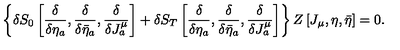
\left\{ \delta S _ { 0 } \left[ { \frac { \delta } { \delta \eta _ { a } } } , { \frac { \delta } { \delta \bar { \eta } _ { a } } } , { \frac { \delta } { \delta J _ { a } ^ { \mu } } } \right] + \delta S _ { T } \left[ { \frac { \delta } { \delta \eta _ { a } } } , { \frac { \delta } { \delta \bar { \eta } _ { a } } } , { \frac { \delta } { \delta J _ { a } ^ { \mu } } } \right] \right\} Z \left[ J _ { \mu } , \eta , \bar { \eta } \right] = 0 .